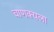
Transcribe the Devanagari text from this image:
चाणक्यला